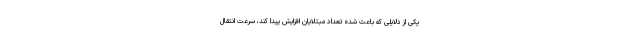
یکی از دلایلی که باعث شده تعداد مبتلایان افزایش پیدا کند، سرعت انتقال